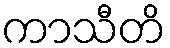
ကာသီတိ